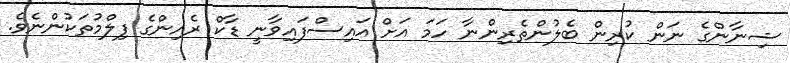
ޝިނާންގެ ނަން ކުރިން ބެލުންތެރިންނާ ހަމަ އަށް އައިސްފައިވާނީ ޑާކް ރެއިންގެ ފިލްމުތަކުންނެވެ.